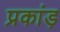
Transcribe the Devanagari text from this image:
प्रकांड़